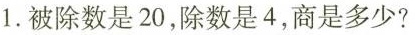
1.被除数是20，除数是4，商是多少?